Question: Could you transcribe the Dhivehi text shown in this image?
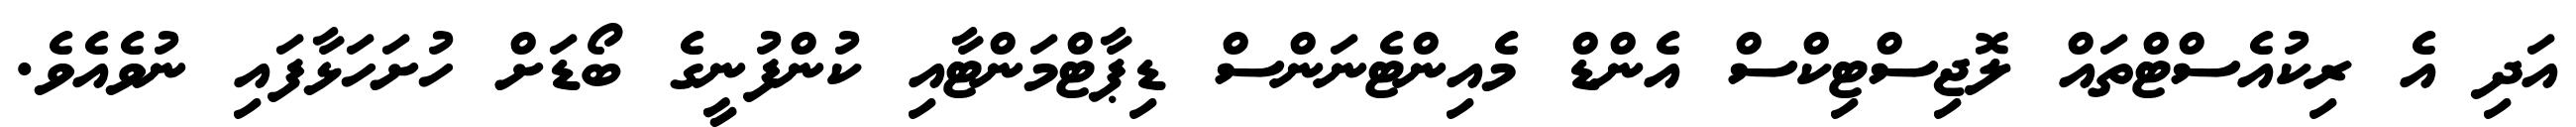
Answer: އަދި އެ ރިކުއެސްޓްތައް ލޮޖިސްޓިކްސް އެންޑް މެއިންޓެނަންސް ޑިޕާޓްމަންޓާއި ކުންފުނީގެ ބޯޑަށް ހުށަހަޅާފައި ނުވެއެވެ.